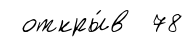
откры́в 78